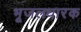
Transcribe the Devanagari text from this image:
भूजलधारक